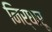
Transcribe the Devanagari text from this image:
निर्धारू